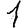
Digit: 1